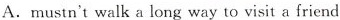
A.mustn't walk a long way to visit a friend